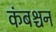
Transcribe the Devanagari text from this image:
कंबश्चन